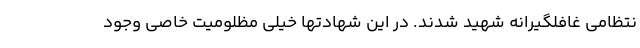
نتظامی غافلگیرانه شهید شدند. در این شهادتها خیلی مظلومیت خاصی وجود